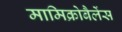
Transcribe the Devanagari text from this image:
मामिक्रोबैलेंस